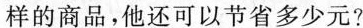
样的商品，他还可以节省多少元?